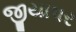
જીયાપર